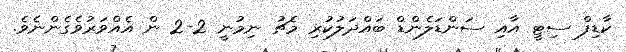
ކާޑިފް ސިޓީ އާއި ސަންޑަލެންޑް ބައްދަލުކުރި މެޗު ނިމުނީ 2-2 ން އެއްވަރުވެގެންނެވެ.